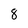
Character: 8